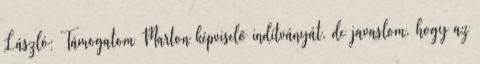
László: Támogatom Marton képviselő indítványát, de javaslom, hogy az